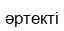
әртекті